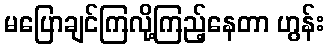
မပြောချင်ကြလို့ကြည့်နေတာ ဟွန်း